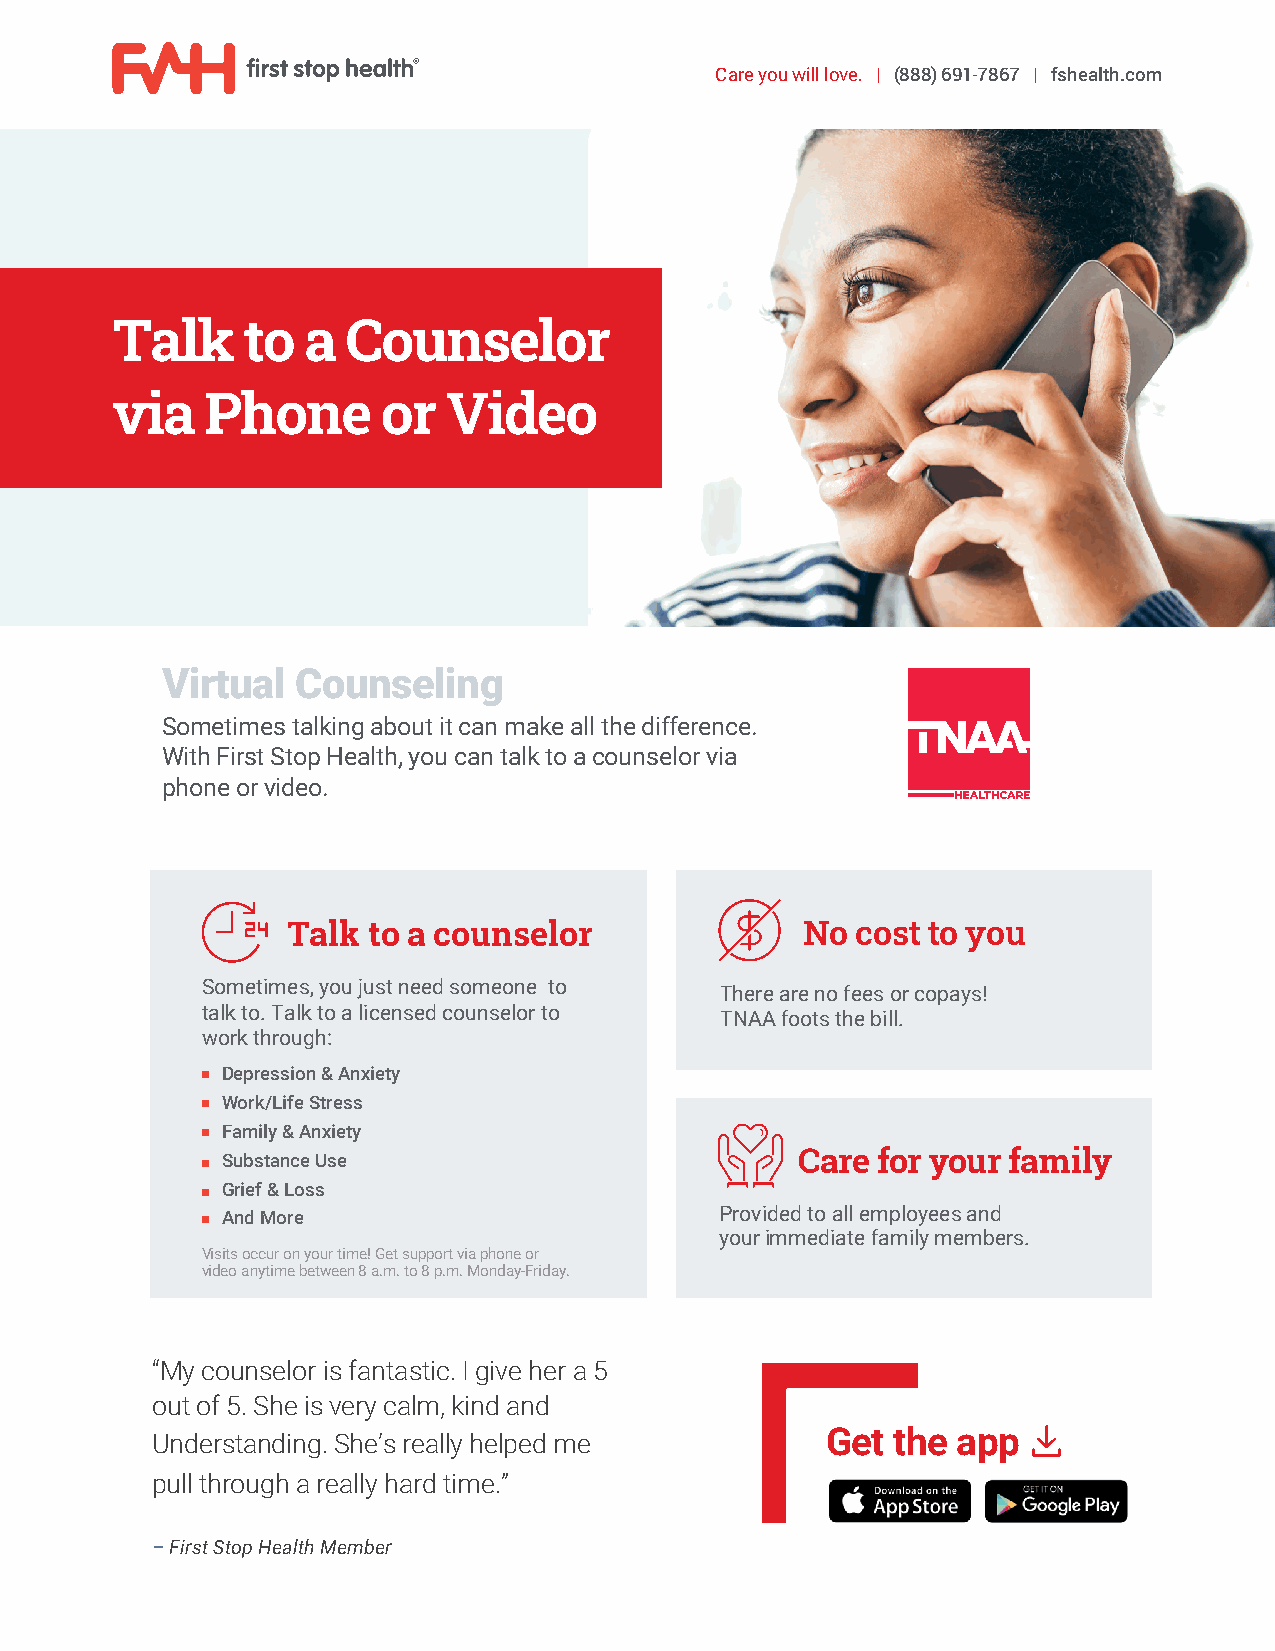
Care you will love. | (888) 691-7867 | fshealth.com
 Talk     to  a  Counselor
 via    Phone      or  Video
 Virtual  Counseling
 Sometimes talking about it can make all the difference.
 With First Stop Health, you can talk to a counselor via
 phone or video.
 Talk to a counselor               No  cost to you
 Sometimes, you just need someone to
 There are no fees or copays!
 talk to. Talk to a licensed counselor to
 TNAA foots the bill.
 work through:
 Depression & Anxiety
 Work/Life Stress
 Family & Anxiety
 Substance Use                         Care for your family
 Grief & Loss
 And More                         Provided to all employees and
 your immediate family members.
 Visits occur on your time! Get support via phone or
 video anytime between 8 a.m. to 8 p.m. Monday-Friday.
 “My counselor is fantastic. I give her a 5
 out of 5. She is very calm, kind and
 Understanding. She’s really helped me        Get the app
 pull through a really hard time.”
 –First Stop Health Member